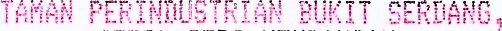
TAMAN PERINDUSTRIAN BUKIT SERDANG,